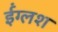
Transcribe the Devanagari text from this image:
ईंग्लश